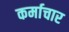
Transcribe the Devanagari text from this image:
कर्माचार